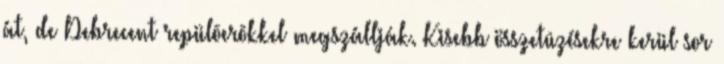
át, de Debrecent repülõerõkkel megszállják. Kisebb összetûzésekre kerül sor